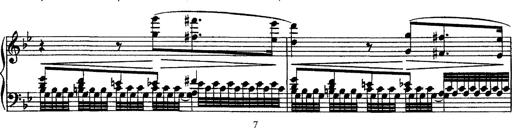
Title: Grandes Ã©tudes de Paganini
Composer: Franz Liszt